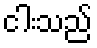
ငါးသည်